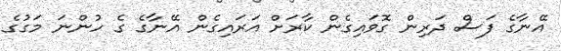
އޭނާގެ ފަސް ދަރިން ގޮވައިގެން ކާރަށް އަރައިގެން އޭނާގެ ގެ ހުންނަ މަގުގެ